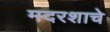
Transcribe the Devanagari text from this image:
मदरशाचे